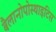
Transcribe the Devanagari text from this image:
बैलानोपोस्थाइटिस